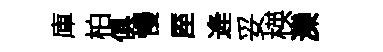
庫柏俱慢厔逄妥楧灤